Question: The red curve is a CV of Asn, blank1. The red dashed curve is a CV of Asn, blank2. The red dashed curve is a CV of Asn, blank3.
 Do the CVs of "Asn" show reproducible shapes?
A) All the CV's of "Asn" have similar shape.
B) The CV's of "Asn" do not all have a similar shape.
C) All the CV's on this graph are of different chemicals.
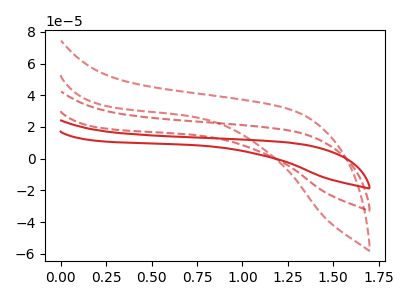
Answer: <think>The red curve "Asn, blank1" has no peaks. The red dashed curve "Asn, blank2" has no peaks. The red dashed curve "Asn, blank3" has no peaks.
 Neither "Asn, blank1" or "Asn, blank2" have any peaks. Neither "Asn, blank1" or "Asn, blank3" have any peaks. Neither "Asn, blank2" or "Asn, blank3" have any peaks.</think>
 <answer>A) All the CV's of "Asn" have similar shape.</answer>
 <eval>A</eval>